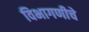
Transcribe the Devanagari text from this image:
विभागणीचे